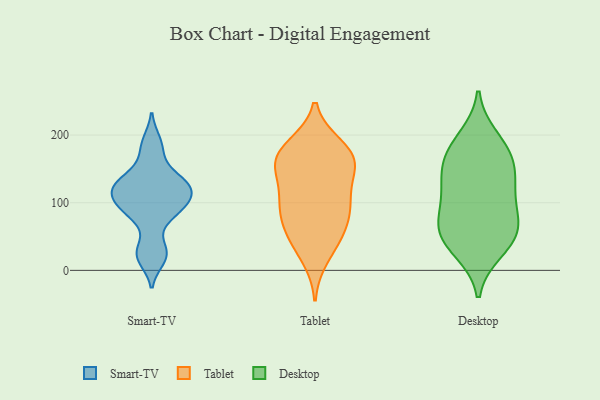
{"axis": {"x": "Gross Profit (USD K)", "y": "Value"}, "legend": ["Desktop", "Smart-TV", "Tablet"], "data": [{"x": "", "y": 102, "type": "Smart-TV"}, {"x": "", "y": 129, "type": "Smart-TV"}, {"x": "", "y": 123, "type": "Smart-TV"}, {"x": "", "y": 80, "type": "Smart-TV"}, {"x": "", "y": 88, "type": "Smart-TV"}, {"x": "", "y": 27, "type": "Smart-TV"}, {"x": "", "y": 28, "type": "Smart-TV"}, {"x": "", "y": 90, "type": "Smart-TV"}, {"x": "", "y": 117, "type": "Smart-TV"}, {"x": "", "y": 105, "type": "Smart-TV"}, {"x": "", "y": 190, "type": "Smart-TV"}, {"x": "", "y": 139, "type": "Smart-TV"}, {"x": "", "y": 17, "type": "Smart-TV"}, {"x": "", "y": 119, "type": "Smart-TV"}, {"x": "", "y": 133, "type": "Smart-TV"}, {"x": "", "y": 176, "type": "Smart-TV"}, {"x": "", "y": 161, "type": "Tablet"}, {"x": "", "y": 90, "type": "Tablet"}, {"x": "", "y": 184, "type": "Tablet"}, {"x": "", "y": 154, "type": "Tablet"}, {"x": "", "y": 170, "type": "Tablet"}, {"x": "", "y": 157, "type": "Tablet"}, {"x": "", "y": 136, "type": "Tablet"}, {"x": "", "y": 57, "type": "Tablet"}, {"x": "", "y": 44, "type": "Tablet"}, {"x": "", "y": 82, "type": "Tablet"}, {"x": "", "y": 19, "type": "Tablet"}, {"x": "", "y": 182, "type": "Tablet"}, {"x": "", "y": 105, "type": "Tablet"}, {"x": "", "y": 52, "type": "Tablet"}, {"x": "", "y": 107, "type": "Tablet"}, {"x": "", "y": 94, "type": "Tablet"}, {"x": "", "y": 165, "type": "Tablet"}, {"x": "", "y": 37, "type": "Desktop"}, {"x": "", "y": 69, "type": "Desktop"}, {"x": "", "y": 62, "type": "Desktop"}, {"x": "", "y": 65, "type": "Desktop"}, {"x": "", "y": 30, "type": "Desktop"}, {"x": "", "y": 172, "type": "Desktop"}, {"x": "", "y": 126, "type": "Desktop"}, {"x": "", "y": 148, "type": "Desktop"}, {"x": "", "y": 195, "type": "Desktop"}, {"x": "", "y": 179, "type": "Desktop"}, {"x": "", "y": 56, "type": "Desktop"}, {"x": "", "y": 152, "type": "Desktop"}, {"x": "", "y": 114, "type": "Desktop"}, {"x": "", "y": 104, "type": "Desktop"}]}